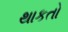
થાકતો